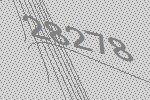
28278